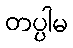
တပ္ပါမ